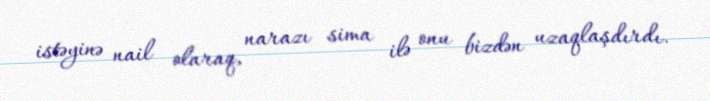
istəyinə nail olaraq, narazı sima ilə onu bizdən uzaqlaşdırdı.